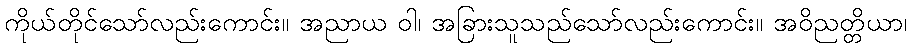
ကိုယ်တိုင်သော်လည်းကောင်း။ အညာယ ဝါ၊ အခြားသူသည်သော်လည်းကောင်း။ အဝိညတ္တိယာ၊